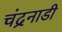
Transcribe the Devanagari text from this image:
चंद्रनाडी